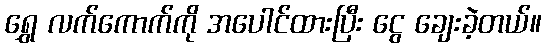
ရွှေ လက်ကောက်ကို အပေါင်ထားပြီး ငွေ ချေးခဲ့တယ်။